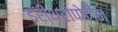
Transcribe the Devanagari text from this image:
इरीथ्रोपोटीन